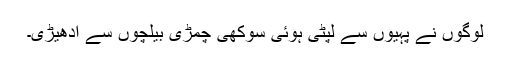
لوگوں نے پہیوں سے لپٹی ہوئی سوکھی چمڑی بیلچوں سے ادھیڑی۔